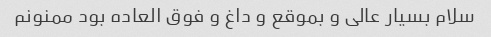
سلام بسیار عالی و بموقع و داغ و فوق العاده بود ممنونم